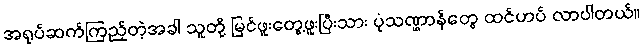
အရုပ်ဆက်ကြည့်တဲ့အခါ သူတို့ မြင်ဖူးတွေ့ဖူးပြီးသား ပုံသဏ္ဌာန်တွေ ထင်ဟပ် လာပါတယ်။